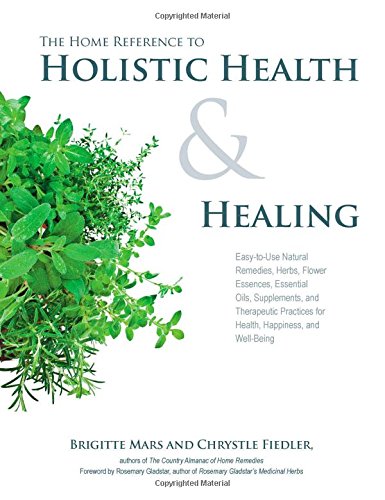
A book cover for The Home Reference to Holistic Health and Healing: Easy-to-Use Natural Remedies, Herbs, Flower Essences, Essential Oils, Supplements, and Therapeutic Practices for Health, Happiness, and Well-Being; Brigitte Mars; Health, Fitness & Dieting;